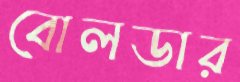
বোলডার